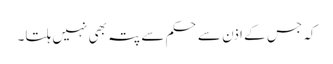
کہ جس کے اذن سے حکم سے پتہ بھی نہیں ہلتا۔